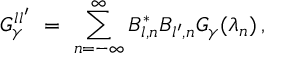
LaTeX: G _ { \gamma } ^ { l l ^ { \prime } } \ = \ \sum _ { n = - \infty } ^ { \infty } B _ { l , n } ^ { \ast } B _ { l ^ { \prime } , n } G _ { \gamma } ( \lambda _ { n } ) \, ,